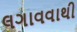
લગાવવાથી